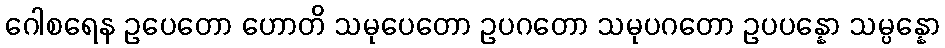
ဂေါစရေန ဥပေတော ဟောတိ သမုပေတော ဥပဂတော သမုပဂတော ဥပပန္နော သမ္ပန္နော